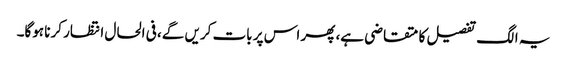
یہ الگ تفصیل کا متقاضی ہے، پھر اس پر بات کریں گے، فی الحال انتظار کرنا ہوگا۔